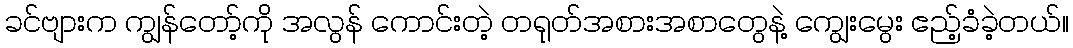
ခင်ဗျားက ကျွန်တော့်ကို အလွန် ကောင်းတဲ့ တရုတ်အစားအစာတွေနဲ့ ကျွေးမွေး ဧည့်ခံခဲ့တယ်။